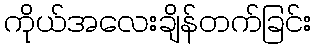
ကိုယ်အလေးချိန်တက်ခြင်း